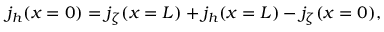
j _ { h } ( x = 0 ) = j _ { \zeta } ( x = L ) + j _ { h } ( x = L ) - j _ { \zeta } ( x = 0 ) ,